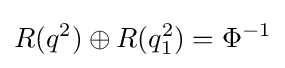
R(q^{2})\oplus R(q_{1}^{2})=\Phi ^{-1}